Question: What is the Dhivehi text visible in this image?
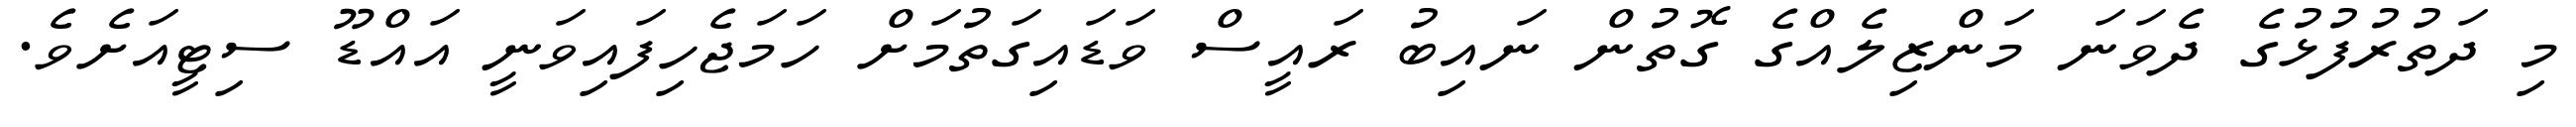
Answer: މި ދަތުރުފުޅުގެ ދެވަނަ މަންޒިލެއްގެ ގޮތުން ނައިބު ރައީސް ވަޑައިގަތުމަށް ހަމަޖެހިފައިވަނީ އައްޑޫ ސިޓީއަށެވެ.